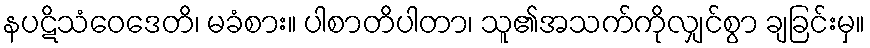
နပဋိသံဝေဒေတိ၊ မခံစား။ ပါစာတိပါတာ၊ သူ၏အသက်ကိုလျှင်စွာ ချခြင်းမှ။